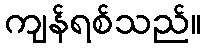
ကျန်ရစ်သည်။